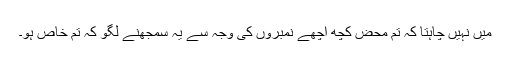
میں نہیں چاہتا کہ تم محض کچھ اچھے نمبروں کی وجہ سے یہ سمجھنے لگو کہ تم خاص ہو۔